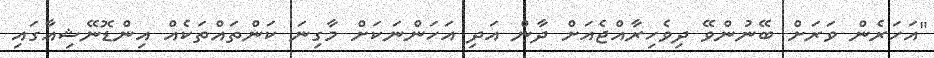
"އަހަރެން ވަރަށް ބޭނުންވޭ ދިވެހިރާއްޖެއަށް ދާން އަދި އަހަންނަކަށް މާގިނަ ކަންތައްތަކެއް އިންޑޮނޭޝިއާގައި